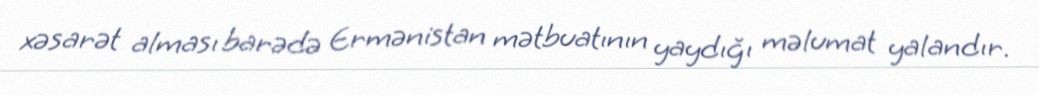
xəsarət alması barədə Ermənistan mətbuatının yaydığı məlumat yalandır.